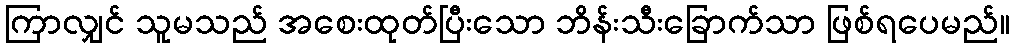
ကြာလျှင် သူမသည် အစေးထုတ်ပြီးသော ဘိန်းသီးခြောက်သာ ဖြစ်ရပေမည်။